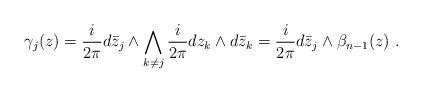
LaTeX: \begin{align*} \gamma_j(z)=\frac i{2\pi} d\bar z_j\wedge\bigwedge_{k\neq j} \frac i{2\pi} dz_k\wedge d\bar z_k= \frac i{2\pi} d\bar z_j\wedge \beta_{n-1}(z)\ .\end{align*}